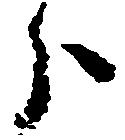
分